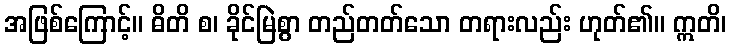
အဖြစ်ကြောင့်။ ဓိတိ စ၊ ခိုင်မြဲစွာ တည်တတ်သော တရားလည်း ဟုတ်၏။ ဣတိ၊